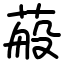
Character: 蒰